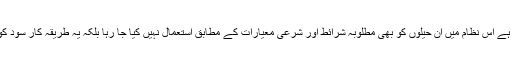
مزید افسوس کی بات یہ ہے کہ عملی طور پر جو نظام چل رہا ہے اس نظام میں ان حیلوں کو بھی مطلوبہ شرائط اور شرعی معیارات کے مطابق استعمال نہیں کیا جا رہا بلکہ یہ طریقہ کار سود کو قانونی حیلے کے ذریعے از سر نو رواج دینے کا طریقہ ہے۔